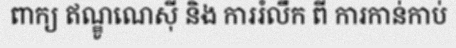
ពាក្យ ឥណ្ឌូណេស៊ី និង ការរំលឹក ពី ការកាន់កាប់